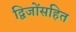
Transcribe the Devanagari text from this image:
द्विजोंसहित